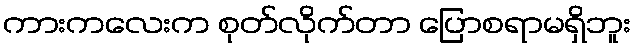
ကားကလေးက စုတ်လိုက်တာ ပြောစရာမရှိဘူး